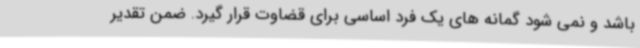
باشد و نمی شود گمانه های یک فرد اساسی برای قضاوت قرار گیرد. ضمن تقدیر